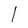
Character: l